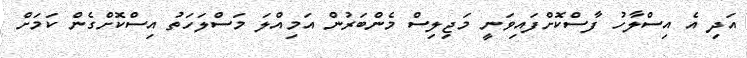
އަދި އެ އިސްލާހު ފާސްކޮށްފައިވަނީ މަޖިލިސް މެންބަރުން އަމިއްލަ މަސްލަހަތު އިސްކޮށްގެން ކަމަށް